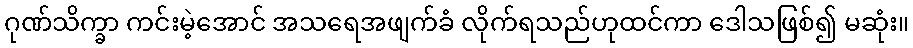
ဂုဏ်သိက္ခာ ကင်းမဲ့အောင် အသရေအဖျက်ခံ လိုက်ရသည်ဟုထင်ကာ ဒေါသဖြစ်၍ မဆုံး။